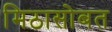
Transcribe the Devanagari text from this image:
मिठासोबत